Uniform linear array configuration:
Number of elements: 64
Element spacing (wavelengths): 0.75
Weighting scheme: binomial
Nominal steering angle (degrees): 15
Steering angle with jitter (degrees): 14.478
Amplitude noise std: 0.05
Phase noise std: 0.05

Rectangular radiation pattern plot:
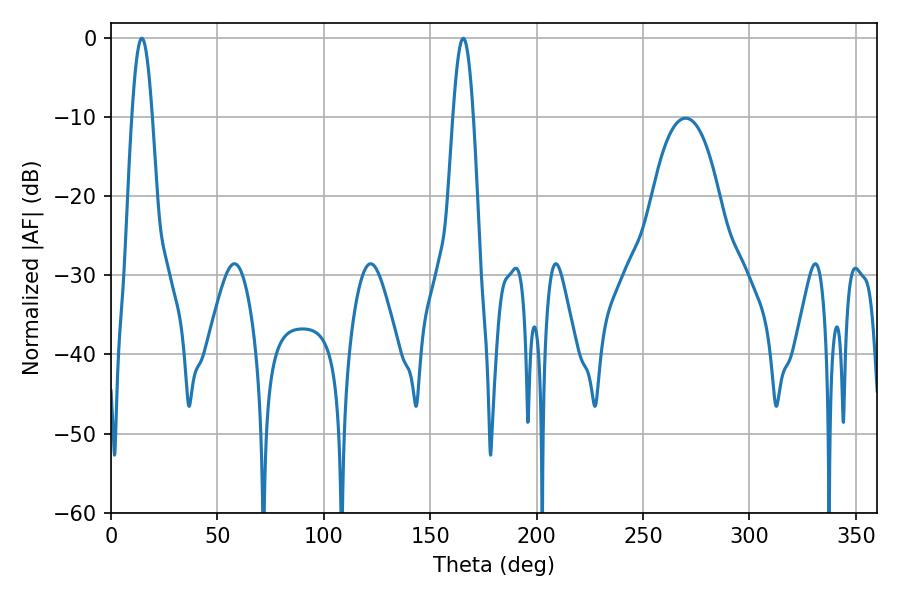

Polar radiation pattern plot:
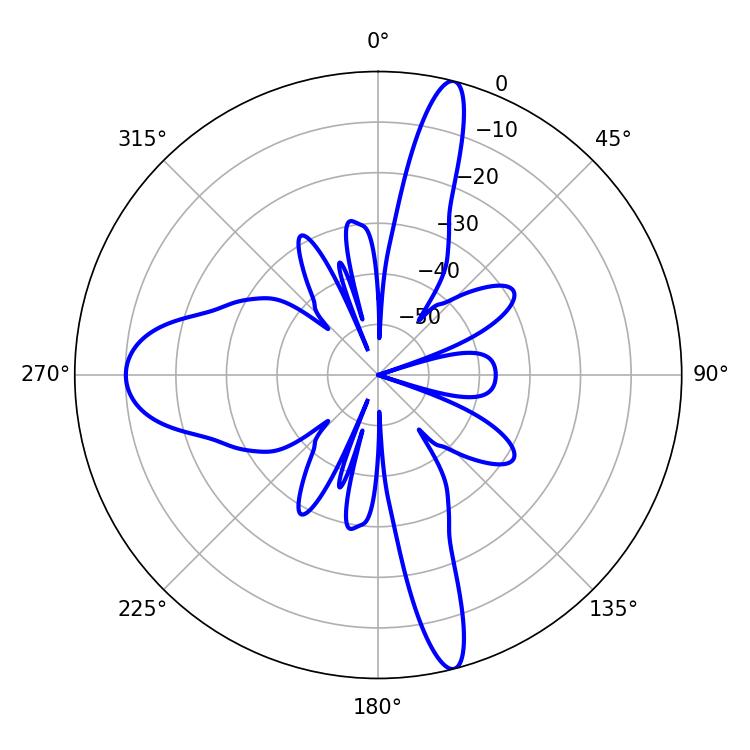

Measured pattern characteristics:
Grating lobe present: TRUE
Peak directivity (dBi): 20.64
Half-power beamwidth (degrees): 5.22
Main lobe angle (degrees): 14.4